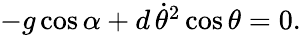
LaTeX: \begin{array}{r}{-g\cos\alpha+d\, \dot{\theta}^{2}\cos\theta=0.}\end{array}